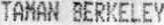
TAMAN BERKELEY